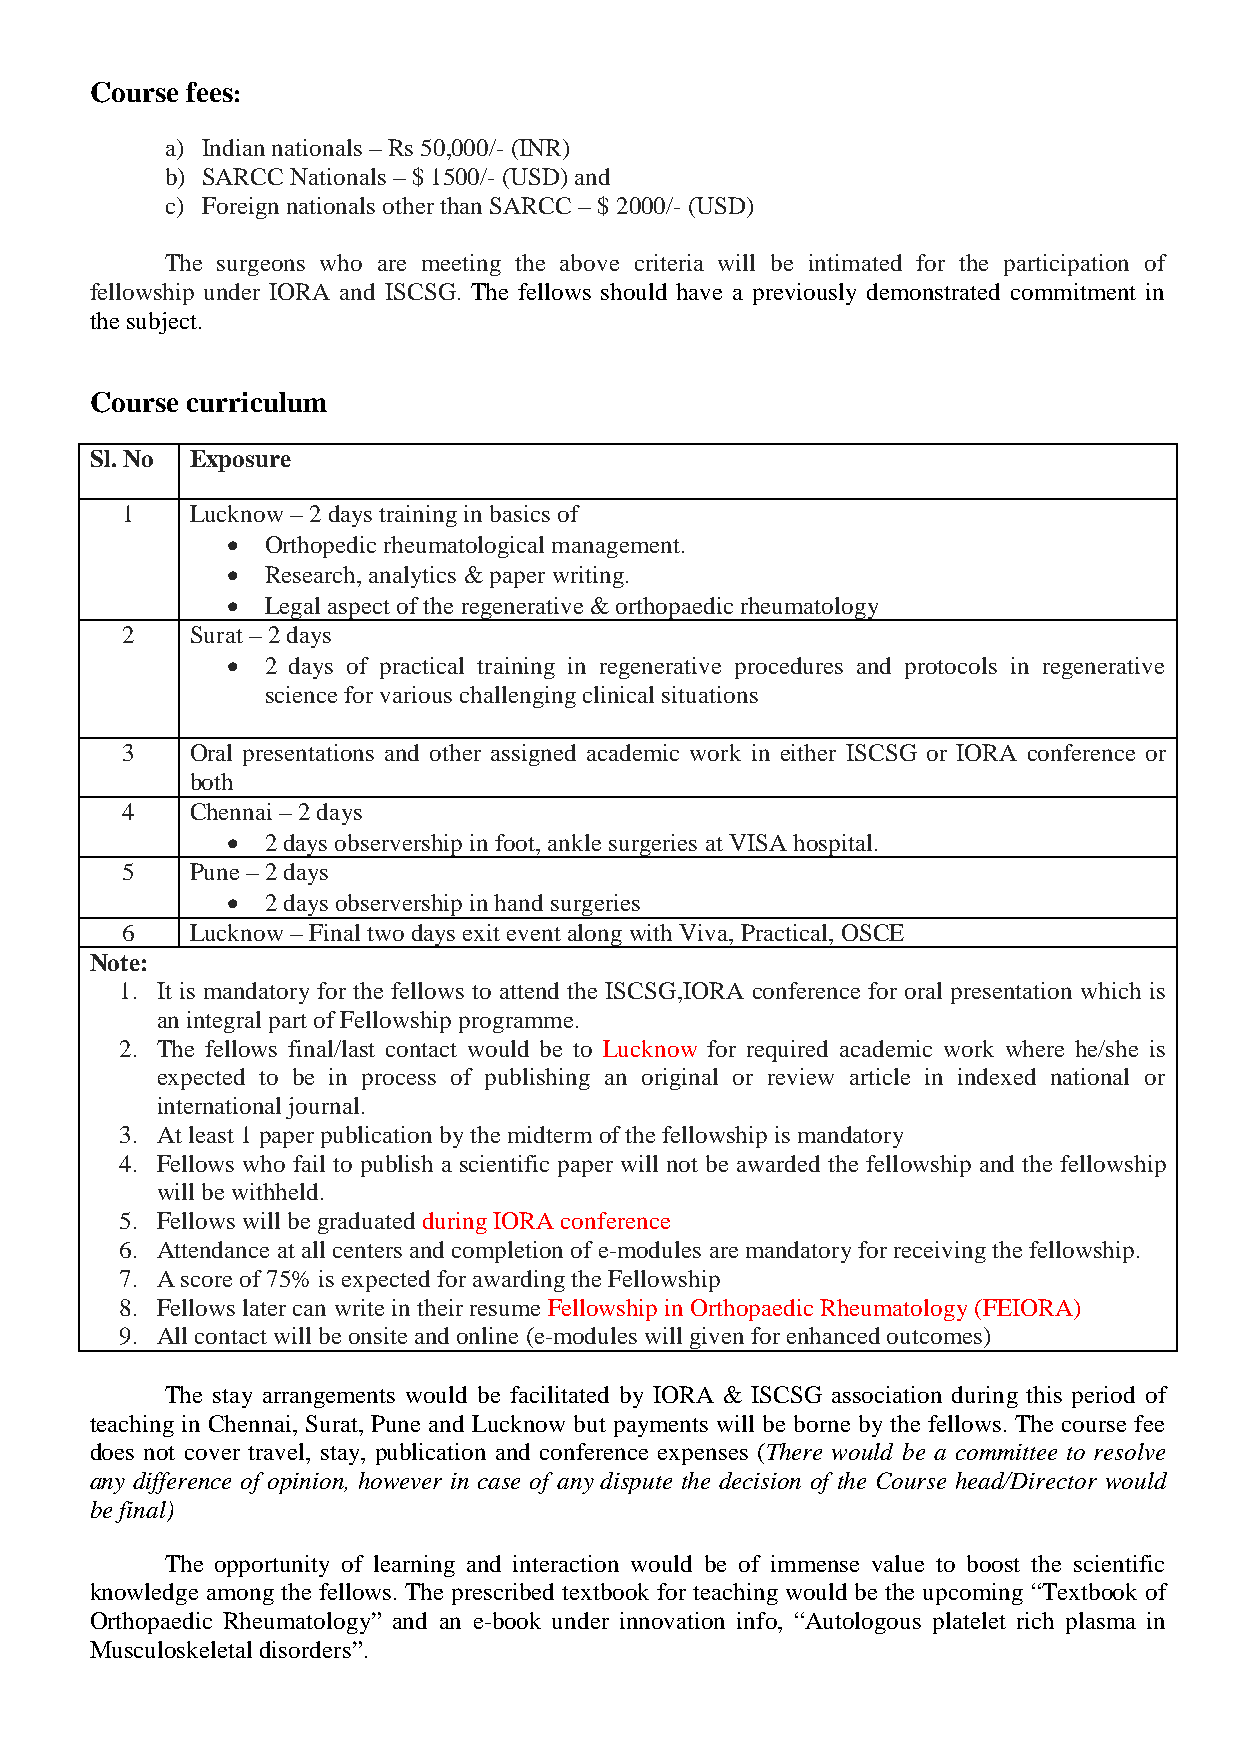
Course fees:
 a) Indian nationals – Rs 50,000/- (INR)
 b) SARCC Nationals – $ 1500/- (USD) and
 c) Foreign nationals other than SARCC – $ 2000/- (USD)
 The surgeons who are meeting the above criteria will be intimated for the participation of
 fellowship under IORA and ISCSG. The fellows should have a previously demonstrated commitment in
 the subject.
 Course curriculum
 Sl. No Exposure
 1    Lucknow – 2 days training in basics of
   Orthopedic rheumatological management.
   Research, analytics & paper writing.
   Legal aspect of the regenerative & orthopaedic rheumatology
 2    Surat – 2 days
   2 days of practical training in regenerative procedures and protocols in regenerative
 science for various challenging clinical situations
 3    Oral presentations and other assigned academic work in either ISCSG or IORA conference or
 both
 4    Chennai – 2 days
   2 days observership in foot, ankle surgeries at VISA hospital.
 5    Pune – 2 days
   2 days observership in hand surgeries
 6    Lucknow – Final two days exit event along with Viva, Practical, OSCE
 Note:
 1. It is mandatory for the fellows to attend the ISCSG,IORA conference for oral presentation which is
 an integral part of Fellowship programme.
 2. The fellows final/last contact would be to Lucknow for required academic work where he/she is
 expected to be in process of publishing an original or review article in indexed national or
 international journal.
 3. At least 1 paper publication by the midterm of the fellowship is mandatory
 4. Fellows who fail to publish a scientific paper will not be awarded the fellowship and the fellowship
 will be withheld.
 5. Fellows will be graduated during IORA conference
 6. Attendance at all centers and completion of e-modules are mandatory for receiving the fellowship.
 7. A score of 75% is expected for awarding the Fellowship
 8. Fellows later can write in their resume Fellowship in Orthopaedic Rheumatology (FEIORA)
 9. All contact will be onsite and online (e-modules will given for enhanced outcomes)
 The stay arrangements would be facilitated by IORA & ISCSG association during this period of
 teaching in Chennai, Surat, Pune and Lucknow but payments will be borne by the fellows. The course fee
 does not cover travel, stay, publication and conference expenses (There would be a committee to resolve
 any difference of opinion, however in case of any dispute the decision of the Course head/Director would
 be final)
 The opportunity of learning and interaction would be of immense value to boost the scientific
 knowledge among the fellows. The prescribed textbook for teaching would be the upcoming “Textbook of
 Orthopaedic Rheumatology” and an e-book under innovation info, “Autologous platelet rich plasma in
 Musculoskeletal disorders”.